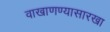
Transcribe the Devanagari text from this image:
वाखाणण्यासारखा